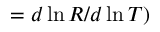
= d \ln { R } / d \ln { T } )